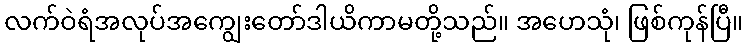
လက်ဝဲရံအလုပ်အကျွေးတော်ဒါယိကာမတို့သည်။ အဟေသုံ၊ ဖြစ်ကုန်ပြီ။